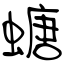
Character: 螗